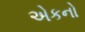
એકનો